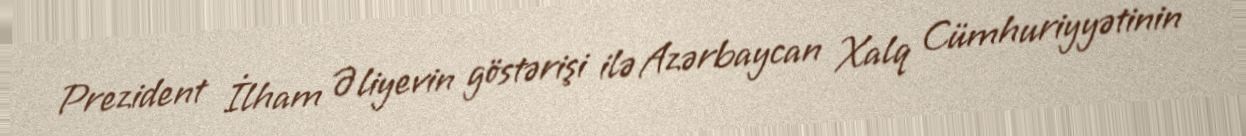
Prezident İlham Əliyevin göstərişi ilə Azərbaycan Xalq Cümhuriyyətinin